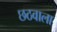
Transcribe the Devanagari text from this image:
छठवाला